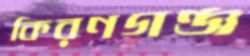
কিরণগঞ্জ